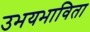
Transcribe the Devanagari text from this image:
उभयभाविता